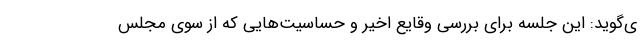
ی‌گويد: اين جلسه برای بررسی وقايع اخير و حساسيت‌هايي كه از سوی مجلس